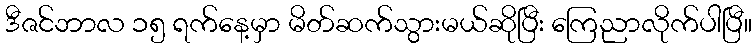
ဒီဇင်ဘာလ ၁၅ ရက်နေ့မှာ မိတ်ဆက်သွားမယ်ဆိုပြီး ကြေညာလိုက်ပါပြီ။